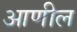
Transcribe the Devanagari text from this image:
आणील